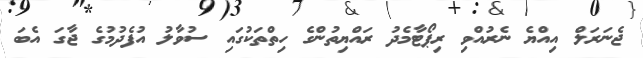
ޖެނަރަލް އިއްޔެ ނެރުއްވި ރިޕޯޓާމެދު ރައްޔިތުންގެ ހިތްތަކުގައި ސުވާލު އުފެދުމުގެ ޖާގަ އެބަ